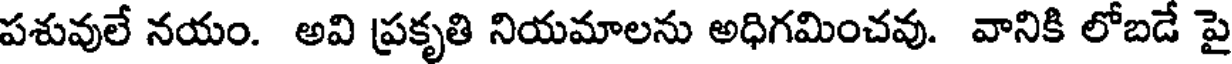
పశువులే నయం. అవి ప్రకృతి నియమాలను అధిగమించవు. వానికి లోబడే పై